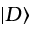
| D \rangle